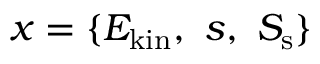
x = \{ E _ { \mathrm { k i n } } , ~ s , ~ S _ { \mathrm { s } } \}